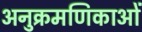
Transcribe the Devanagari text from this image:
अनुक्रमणिकाओं